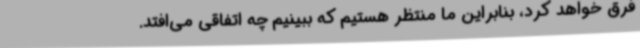
فرق خواهد کرد، بنابراین ما منتظر هستیم که ببینیم چه اتفاقی می‌افتد.